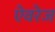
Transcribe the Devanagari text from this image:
ऐवरेज